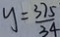
y = \frac { 3 7 5 } { 3 4 }